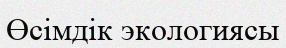
Өсімдік экологиясы